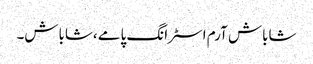
شاباش آرم اسٹرانگ پامے ،شاباش۔